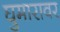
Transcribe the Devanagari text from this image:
घुमारावर